Lunatic asylums Madras 1892-1911 - 1892-1911
Year: 1892
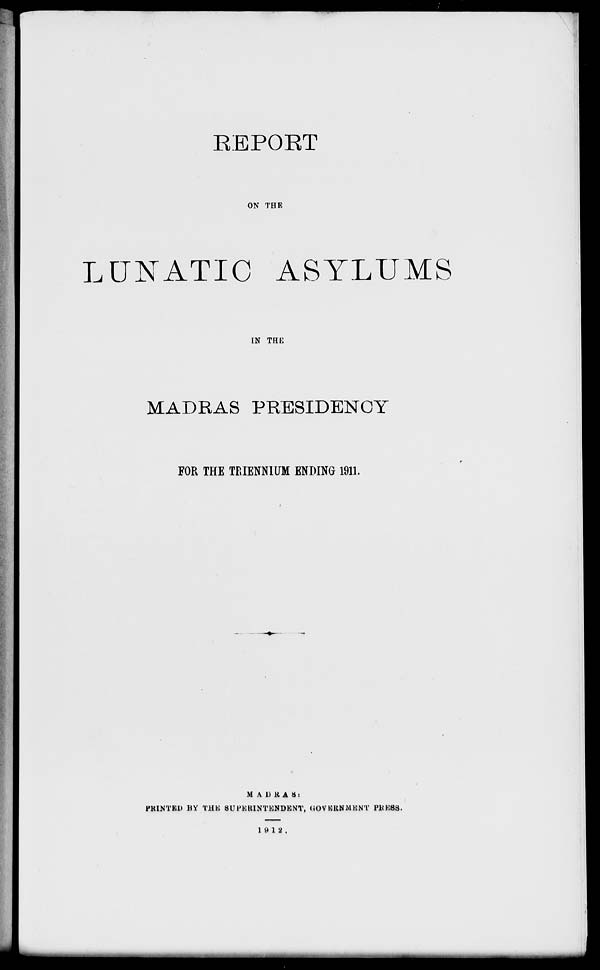
KEPOKT
ON THE
LUNATIC ASYLUMS
IN THE
MADRAS PRESIDENCY
FOR THE TRIENMUM ENDING 1911.
MADRAS:
PRINTED BY THE SUPERINTENDENT, GOVERNMENT Pit ESS.
19 12.